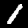
Digit: 1